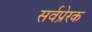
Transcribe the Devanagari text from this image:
सर्वप्रेरक